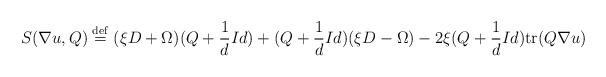
LaTeX: \begin{align*} S(\nabla u,Q)\stackrel{\rm{def}}{=}(\xi D+\Omega)(Q+\frac{1}{d}Id)+(Q+\frac{1}{d}Id)(\xi D-\Omega)-2\xi (Q+\frac{1}{d}Id)\textrm{tr}(Q\nabla u) \end{align*}